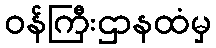
ဝန်ကြီးဌာနထံမှ